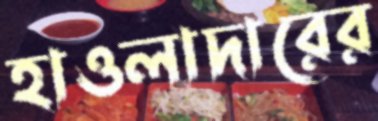
হাওলাদারের